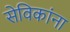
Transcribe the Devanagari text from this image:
सेविकांना